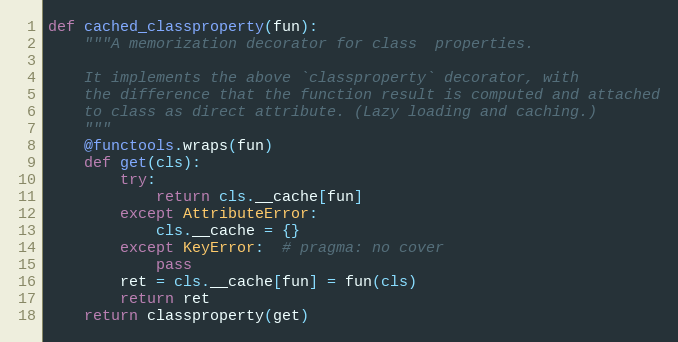
Language: Python
def cached_classproperty(fun):
    """A memorization decorator for class  properties.

    It implements the above `classproperty` decorator, with
    the difference that the function result is computed and attached
    to class as direct attribute. (Lazy loading and caching.)
    """
    @functools.wraps(fun)
    def get(cls):
        try:
            return cls.__cache[fun]
        except AttributeError:
            cls.__cache = {}
        except KeyError:  # pragma: no cover
            pass
        ret = cls.__cache[fun] = fun(cls)
        return ret
    return classproperty(get)